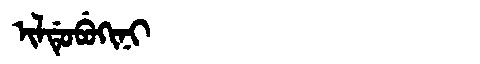
Manchu: ᡳᠯᡩᡠᠪᡠᡴᡳᠨᡳ
Romanization: ILDUBUKINI